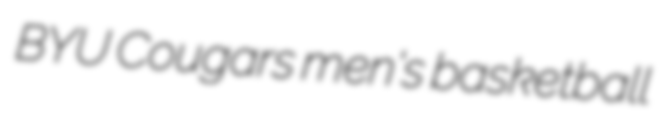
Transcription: BYU Cougars men's basketball